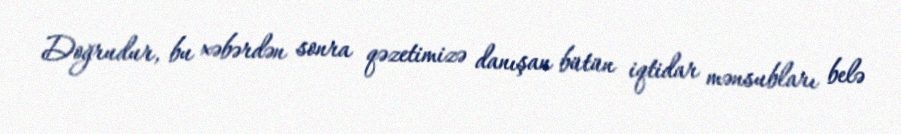
Doğrudur, bu xəbərdən sonra qəzetimizə danışan bütün iqtidar mənsubları belə